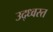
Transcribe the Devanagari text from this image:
उद्‌ध्‍वस्त